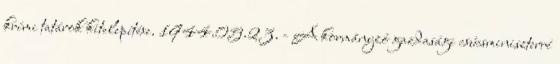
krími tatárok kitelepítése. 1944.05.23. - A kormányzó gazdasági csúcsminiszterré